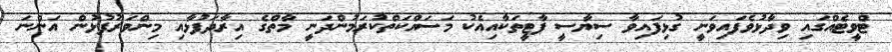
ޓްވީޓެއްގައި ވިދާޅުވެފައިވަނީ ގުޅިފައިވާ ސިޔާސީ ޕާޓީތަކާއިއެކު މަސައްކަތްކުރަމުންދަނީ މާތްގެ އިރާދަފުޅާއި މިންވަރުފުޅުން އަންނަ